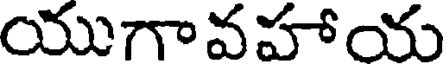
యుగావహాయ